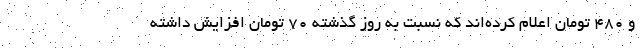
و ۴۸۰ تومان اعلام کرده‌اند که نسبت به روز گذشته ۷۰ تومان افزایش داشته